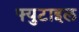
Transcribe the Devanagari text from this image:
फ्युटाइल